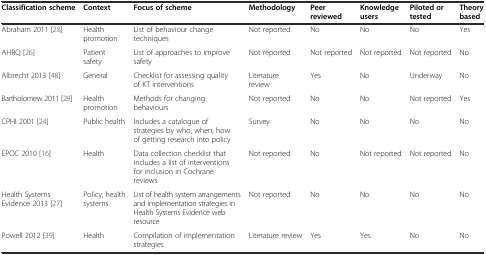
<table><thead><tr><td><b>Classification scheme</b></td><td><b>Context</b></td><td><b>Focus of scheme</b></td><td><b>Methodology</b></td><td><b>Peer reviewed</b></td><td><b>Knowledge users</b></td><td><b>Piloted or tested</b></td><td><b>Theory based</b></td></tr></thead><tbody><tr><td>Abraham 2011 [28]</td><td>Health promotion</td><td>List of behaviour change techniques</td><td>Not reported</td><td>No</td><td>No</td><td>No</td><td>Yes</td></tr><tr><td>AHRQ [26]</td><td>Patient safety</td><td>List of approaches to improve safety</td><td>Not reported</td><td>Not reported</td><td>Not reported</td><td>Not reported</td><td>No</td></tr><tr><td>Albrecht 2013 [48]</td><td>General</td><td>Checklist for assessing quality of KT interventions</td><td>Literature review</td><td>Yes</td><td>No</td><td>Underway</td><td>No</td></tr><tr><td>Bartholomew 2011 [29]</td><td>Health promotion</td><td>Methods for changing behaviours</td><td>Not reported</td><td>No</td><td>No</td><td>Not reported</td><td>Yes</td></tr><tr><td>CPHI 2001 [24]</td><td>Public health</td><td>Includes a catalogue of strategies by who, when, how of getting research into policy</td><td>Survey</td><td>No</td><td>No</td><td>No</td><td>No</td></tr><tr><td>EPOC 2010 [16]</td><td>Health</td><td>Data collection checklist that includes a list of interventions for inclusion in Cochrane reviews</td><td>Not reported</td><td>No</td><td>Not reported</td><td>Not reported</td><td>No</td></tr><tr><td>Health Systems Evidence 2013 [27]</td><td>Policy, health systems</td><td>List of health system arrangements and implementation strategies in Health Systems Evidence web resource</td><td>Not reported</td><td>No</td><td>No</td><td>No</td><td>No</td></tr><tr><td>Powell 2012 [39]</td><td>Health</td><td>Compilation of implementation strategies</td><td>Literature review</td><td>Yes</td><td>Yes</td><td>No</td><td>No</td></tr></tbody></table>